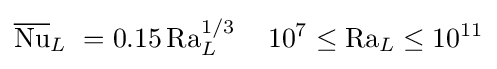
{\overline {\mathrm {Nu} }}_{L}\ =0.15\,\mathrm {Ra} _{L}^{1/3}\,\quad 10^{7}\leq \mathrm {Ra} _{L}\leq 10^{11}